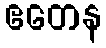
ဧတေန